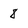
Character: 8